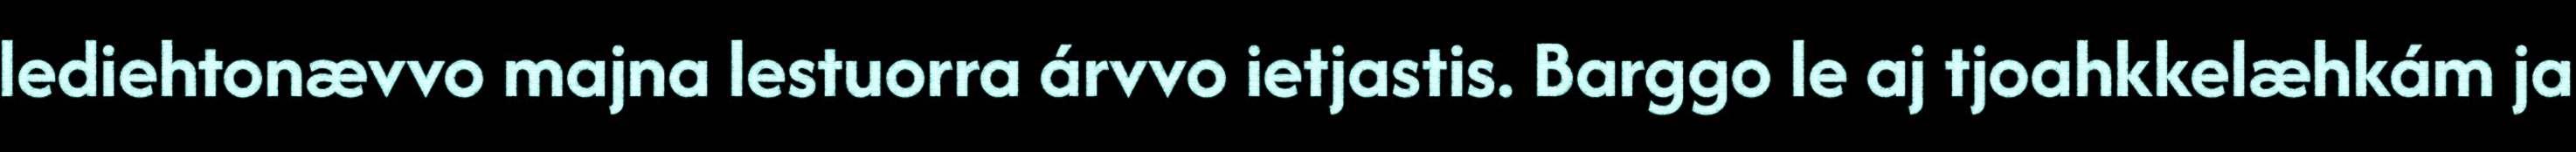
lediehtonævvo majna lestuorra árvvo ietjastis. Barggo le aj tjoahkkelæhkám ja